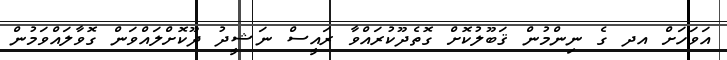
އަވަހަށް އދ ގެ ނިންމުން ޤަބޫލުކޮށް ގޮތެދޫކުރައްވާ ރައީސް ނަޝީދު ދޫކޮށްލައްވަން ގޮވާލައްވަމުން